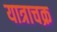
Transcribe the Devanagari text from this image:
यात्राचक्र